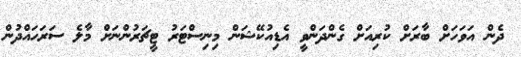
ދެން އަވަހަށް ބާރަށް ކުރިއަށް ގެންދަންވީ އެޑިއުކޭޝަން މިނިސްޓަރު ޓީޗަރުންނަށް މާލެ ސަރަހައްދުން